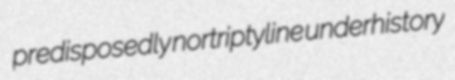
predisposedly nortriptyline underhistory